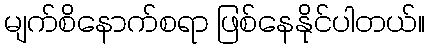
မျက်စိနောက်စရာ ဖြစ်နေနိုင်ပါတယ်။